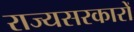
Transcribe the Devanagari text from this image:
राज्यसरकारों